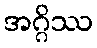
အဂ္ဂိဿ